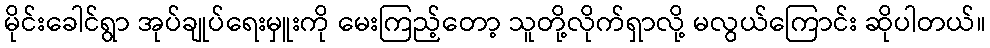
မိုင်းခေါင်ရွာ အုပ်ချုပ်ရေးမှူးကို မေးကြည့်တော့ သူတို့လိုက်ရှာလို့ မလွယ်ကြောင်း ဆိုပါတယ်။